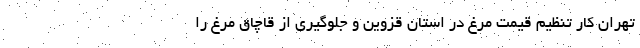
تهران کار تنظیم قیمت مرغ در استان قزوین و جلوگیری از قاچاق مرغ را